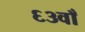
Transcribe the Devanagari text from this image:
६३वाँ